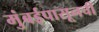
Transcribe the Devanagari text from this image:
मुंबईपासूनची